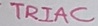
Text: TRIAC